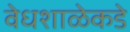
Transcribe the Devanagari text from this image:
वेधशाळेकडे